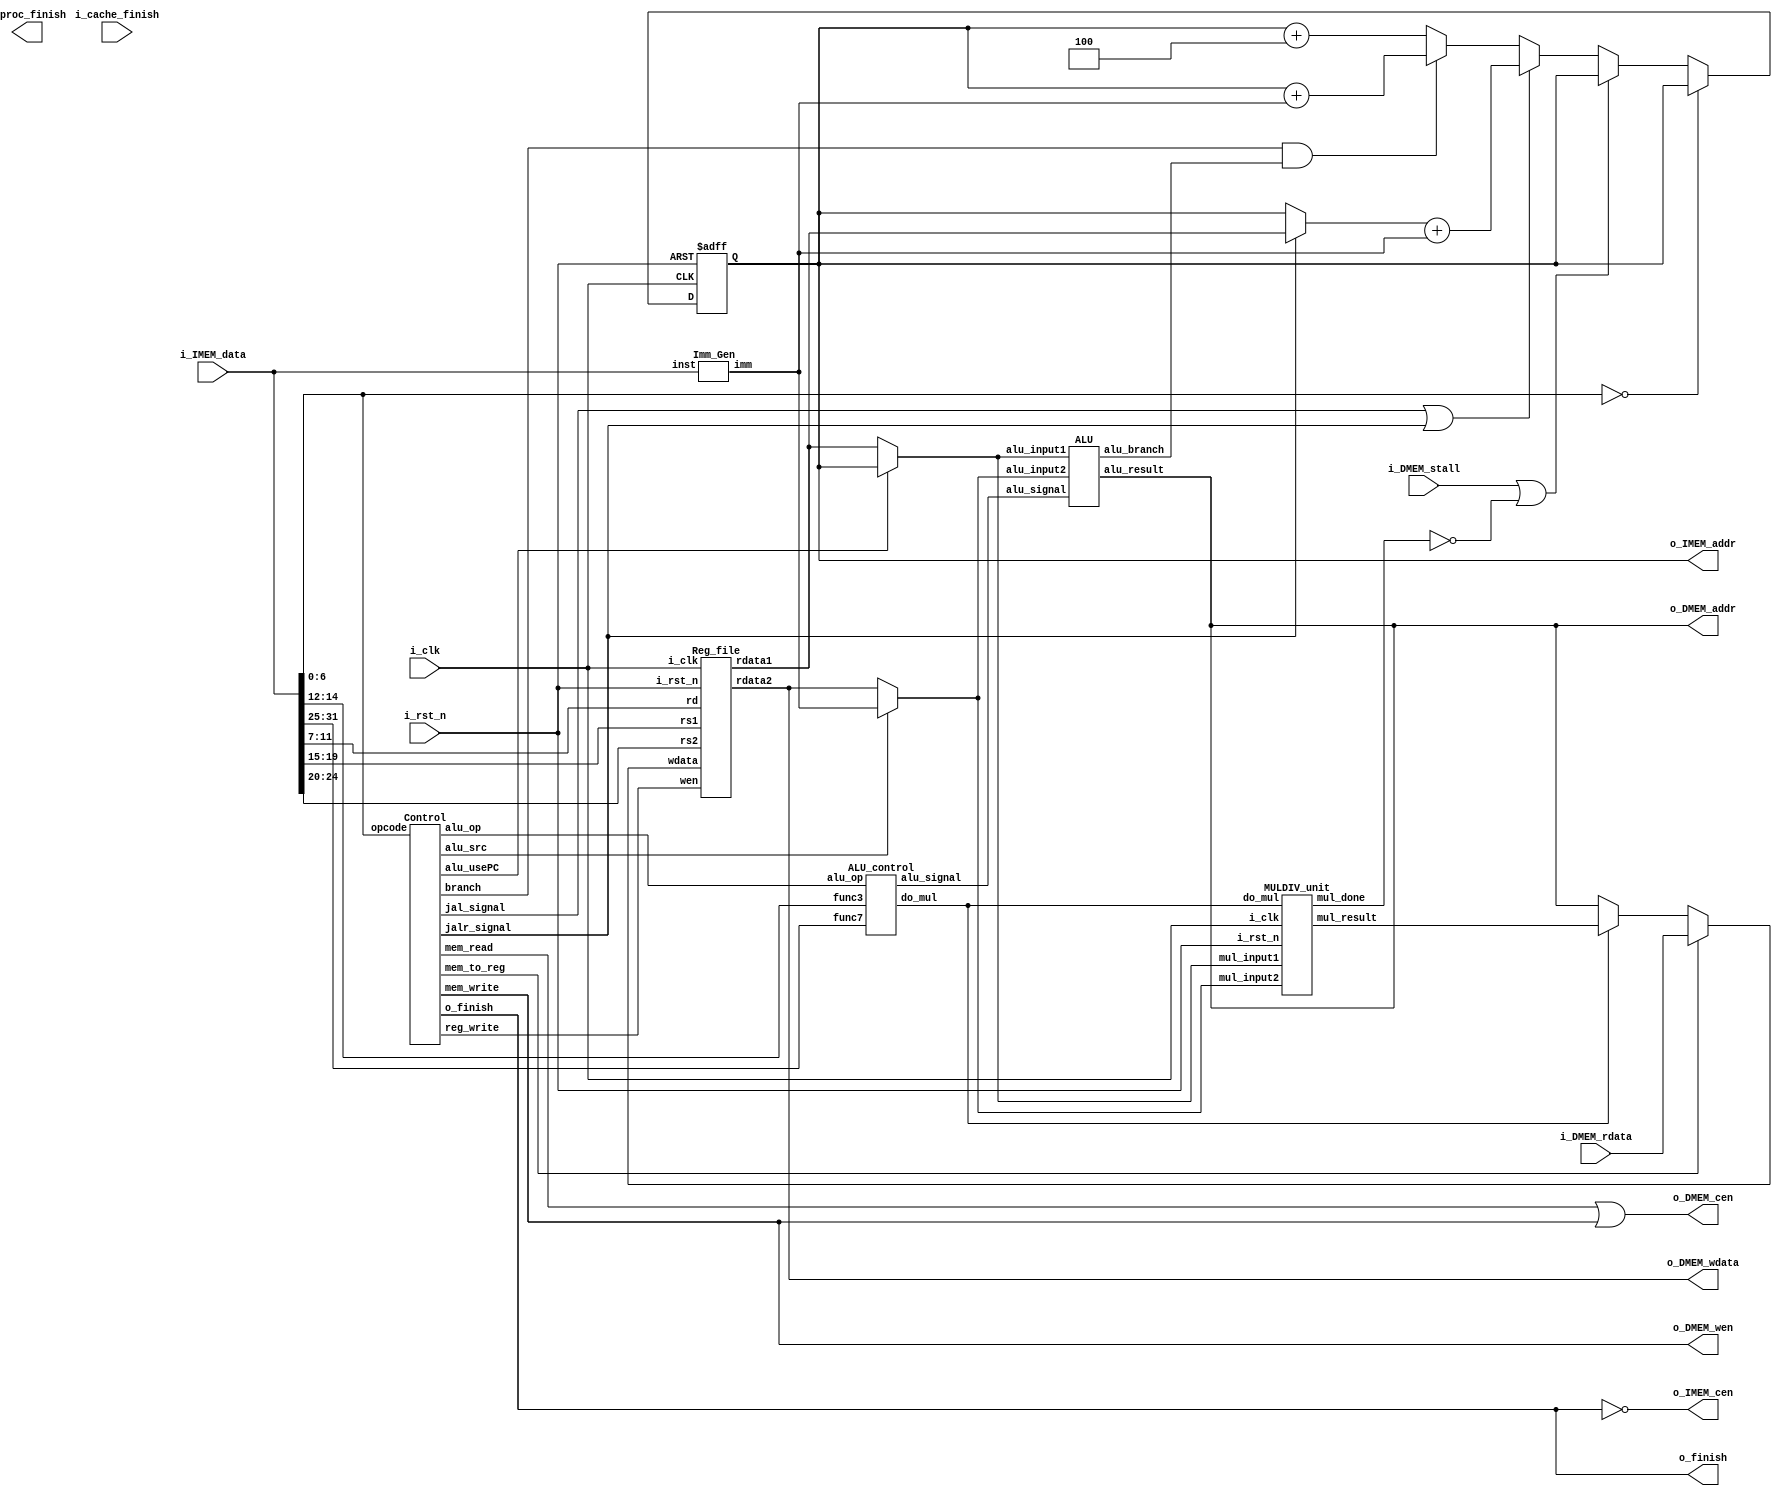
//----------------------------- DO NOT MODIFY THE I/O INTERFACE!! ------------------------------//
module CHIP #(                                                                                  //
    parameter BIT_W = 32                                                                        //
)(                                                                                              //
    // clock                                                                                    //
        input               i_clk,                                                              //
        input               i_rst_n,                                                            //
    // instruction memory                                                                       //
        input  [BIT_W-1:0]  i_IMEM_data,                                                        //
        output [BIT_W-1:0]  o_IMEM_addr,                                                        //
        output              o_IMEM_cen,                                                         //
    // data memory                                                                              //
        input               i_DMEM_stall,                                                       //
        input  [BIT_W-1:0]  i_DMEM_rdata,                                                       //
        output              o_DMEM_cen,                                                         //
        output              o_DMEM_wen,                                                         //
        output [BIT_W-1:0]  o_DMEM_addr,                                                        //
        output [BIT_W-1:0]  o_DMEM_wdata,                                                       //
    // finish procedure                                                                        //
        output              o_finish,                                                           //
    // cache                                                                                    //
        input               i_cache_finish,                                                     //
        output              o_proc_finish                                                       //
);                                                                                              //
//----------------------------- DO NOT MODIFY THE I/O INTERFACE!! ------------------------------//

// ------------------------------------------------------------------------------------------------------------------------------------------------------
// Wires and Registers
// ------------------------------------------------------------------------------------------------------------------------------------------------------
    
    // TODO: any declaration
    // PC
    reg [BIT_W-1:0] PC = 32'h00010000;
    wire [BIT_W-1:0] next_PC;
    wire [31:0] pc_4, pc_jump, pc_branch, pc_imm, pc_rs1;

    // IMM
    wire [BIT_W-1:0] imm;

    // Regfile
    wire [4:0] rs1, rs2, rd;
    wire [BIT_W-1:0] rs1_data, rs2_data, rd_data;

    // Control Signal
    wire [6:0] opcode;
    wire branch, mem_read, mem_write, reg_write, mem_to_reg, alu_src, jal_signal, jalr_signal, alu_usePC;
    wire [2:0] alu_op;

    // ALU control
    wire [2:0] func3;
    wire [6:0] func7;
    wire [3:0] alu_signal;

    // ALU
    wire [BIT_W-1:0] alu_input1, alu_input2, alu_result;
    wire alu_branch;

    // MULDIV_unit
    wire [BIT_W-1:0] mul_result;
    wire do_mul;
    wire mul_done;

    // ALU MUL
    wire [BIT_W-1:0] alu_mul_result;

// ------------------------------------------------------------------------------------------------------------------------------------------------------
// Continuous Assignment
// ------------------------------------------------------------------------------------------------------------------------------------------------------

    // TODO: any wire assignment
    assign o_IMEM_cen = !o_finish; // instruction memory enable
    assign o_IMEM_addr = PC; // instruction memory address
    assign o_DMEM_cen = mem_read | mem_write; // data memory enable
    assign o_DMEM_wen = mem_write; // data memory write enable
    assign o_DMEM_addr = alu_result; // data memory address
    assign o_DMEM_wdata = rs2_data; // data memory write data

    assign opcode = i_IMEM_data[6:0];
    assign func3 = i_IMEM_data[14:12];
    assign func7 = i_IMEM_data[31:25];
    assign rs1 = i_IMEM_data[19:15];
    assign rs2 = i_IMEM_data[24:20];
    assign rd = i_IMEM_data[11:7];

    assign alu_input1 = alu_usePC ? PC : rs1_data;
    assign alu_input2 = alu_src ? imm : rs2_data;

    assign pc_4 = PC+32'd4;
    assign pc_imm = PC+imm;

    // branch
    assign pc_branch = (branch & alu_branch) ? pc_imm : pc_4;

    // jump
    assign pc_rs1 = jalr_signal ? rs1_data : PC;  // jalr
    assign pc_jump = pc_rs1 + imm;
    
    assign next_PC = (jal_signal | jalr_signal) ? pc_jump : pc_branch;

    // alu_mul_result
    assign alu_mul_result = do_mul ? mul_result : alu_result;

    // write back
    assign rd_data = mem_to_reg ? i_DMEM_rdata : alu_mul_result;

// ------------------------------------------------------------------------------------------------------------------------------------------------------
// Submoddules
// ------------------------------------------------------------------------------------------------------------------------------------------------------

    // Control wire connection
    Control control0(
        .opcode     (opcode),
        .branch     (branch),
        .mem_read   (mem_read),
        .mem_write  (mem_write),
        .reg_write  (reg_write),
        .mem_to_reg (mem_to_reg),
        .alu_src    (alu_src),
        .alu_op     (alu_op),
        .jal_signal (jal_signal),
        .jalr_signal(jalr_signal),
        .alu_usePC  (alu_usePC),
        .o_finish   (o_finish)
    );


    // TODO: Reg_file wire connection
    Reg_file reg0(               
        .i_clk  (i_clk),             
        .i_rst_n(i_rst_n),         
        .wen    (reg_write),          
        .rs1    (rs1),                
        .rs2    (rs2),                
        .rd     (rd),                 
        .wdata  (rd_data),
        .rdata1 (rs1_data),           
        .rdata2 (rs2_data)
    );



    // alu_control wire connection
    ALU_control alu_control0(
        .alu_op     (alu_op),
        .func3      (func3),
        .func7      (func7),
        .do_mul     (do_mul),
        .alu_signal (alu_signal)  // signal to alu to tell which alu action to use
    );

    // alu wire connection
    ALU alu0(
        .alu_input1 (alu_input1),
        .alu_input2 (alu_input2),
        .alu_signal (alu_signal),
        .alu_result    (alu_result),
        .alu_branch   (alu_branch)
    );

    // Imm_Gen wire connection
    Imm_Gen imm_gen0(
        .inst   (i_IMEM_data),
        .imm    (imm)
    );

    // MULDIV_unit wire connection
    MULDIV_unit muldiv0(
        .i_clk  (i_clk),
        .i_rst_n(i_rst_n),
        .do_mul (do_mul),
        .mul_input1 (alu_input1),
        .mul_input2 (alu_input2),
        .mul_result (mul_result),
        .mul_done   (mul_done)
    );

// ------------------------------------------------------------------------------------------------------------------------------------------------------
// Always Blocks
// ------------------------------------------------------------------------------------------------------------------------------------------------------

    // Todo: any combinational/sequential circuit

    always @(posedge i_clk or negedge i_rst_n) begin
        if (!i_rst_n) begin
            PC <= 32'h00010000; // Do not modify this value!!!
        end
        else begin
            if (opcode == 7'b0000000) begin // NOP
                PC <= PC;
            end
            else begin
                if(i_DMEM_stall == 1'b1 || mul_done == 1'b0) begin
                    PC <= PC;
                end
                else begin 
                    PC <= next_PC;
                end
            end
        end
        // // PC
        // $display("PC = %h, next_PC = %h", PC, next_PC);
        // $display("pc_4 = %h, pc_imm = %h, pc_branch = %h, pc_rs1 = %h, pc_jump = %h", pc_4, pc_imm, pc_branch, pc_rs1, pc_jump);
        // // IMM
        // $display("imm = %h", imm);
        // $display("rs1 = %dh rs2 = %h, rd = %h", rs1, rs2, rd);
        // $display("rs1_data = %h, rs2_data = %h, rd_data = %h", rs1_data, rs2_data, rd_data);
        // $display("alu_input1 = %h, alu_input2 = %h, alu_result = %h", alu_input1, alu_input2, alu_result);
    end
    

endmodule


module Control (opcode, o_finish, branch, mem_read, mem_write, reg_write, mem_to_reg, alu_src, jal_signal, jalr_signal, alu_usePC, alu_op);

    input [6:0] opcode;
    output reg  o_finish, branch, mem_read, mem_write, reg_write, mem_to_reg, alu_src, jal_signal, jalr_signal, alu_usePC;
    output reg [2:0] alu_op;


    localparam  AUIPC = 7'b0010111;
    localparam  JAL = 7'b1101111;
    localparam  JALR = 7'b1100111;
    localparam  BRANCH = 7'b1100011;
    localparam  LOAD = 7'b0000011;
    localparam  STORE = 7'b0100011;
    localparam  OPERATION_IMM = 7'b0010011;
    localparam  OPERATION = 7'b0110011;
    localparam  ECALL = 7'b1110011;

    // alu control input
    localparam  ALUOP_ADD = 3'b000; // alu action is add
    localparam  ALUOP_OPETATION = 3'b001; // need check func3 and func7 to know which alu action to use
    localparam  ALUOP_IMM_OPETATION = 3'b010; // need check func3 to know which alu action to use
    localparam  ALUOP_BRANCH = 3'b011;  // need check func3 to know which alu action to use
    localparam  ALUOP_ADD4 = 3'b100; // alu action is add 4
    localparam  ALUOP_ECALL = 3'b101; // THE end of program
    localparam  ALUOP_DONOTHING = 3'b110; // do nothing


    always @(*) begin
        //$display("Control opcode = %b", opcode);
        case(opcode)
            AUIPC: begin // reg[rd] = pc + {imm, 12'b0};
                o_finish = 0;
                branch = 0;
                mem_read = 0;
                mem_write = 0;
                reg_write = 1; // need to write rd
                mem_to_reg = 0;
                alu_src = 1; // need to use imm
                jal_signal = 0;
                jalr_signal = 0;
                alu_usePC = 1;
                alu_op = ALUOP_ADD;
                //$display("AUIPC\n");
            end
            JAL: begin // reg[rd] = pc + 4; pc = pc + {imm, 12'b0};
                o_finish = 0;
                branch = 0;
                mem_read = 0;
                mem_write = 0;
                reg_write = 1; // need to write rd
                mem_to_reg = 0;
                alu_src = 1; // need to use imm (4)
                jal_signal = 1;
                jalr_signal = 0;
                alu_usePC = 1;
                alu_op = ALUOP_ADD4;
                //$display("JAL\n");
            end
            JALR: begin // reg[rd] = pc + 4; pc = reg[rs1] + {imm, 12'b0};
                o_finish = 0;
                branch = 0;
                mem_read = 0;
                mem_write = 0;
                reg_write = 1; // need to write rd
                mem_to_reg = 0;
                alu_src = 1; // need to use imm (4)
                jal_signal = 0;
                jalr_signal = 1;
                alu_usePC = 1;
                alu_op = ALUOP_ADD4;
                //$display("JALR\n");
            end
            BRANCH: begin 
                o_finish = 0;
                branch = 1;
                mem_read = 0;
                mem_write = 0;
                reg_write = 0;
                mem_to_reg = 0;
                alu_src = 0;
                jal_signal = 0;
                jalr_signal = 0;
                alu_usePC = 0;
                alu_op = ALUOP_BRANCH;
                //$display("BRANCH\n");
            end
            LOAD: begin // reg[rd] = M[reg[rs1] + imm];
                o_finish = 0;
                branch = 0;
                mem_read = 1; // need to read memory
                mem_write = 0;
                reg_write = 1; // need to write rd
                mem_to_reg = 1; // need to use memory data 
                alu_src = 1; // need to use imm
                jal_signal = 0;
                jalr_signal = 0;
                alu_usePC = 0;
                alu_op = ALUOP_ADD;
                //$display("LOAD\n");
            end
            STORE: begin // M[reg[rs1] + imm] = reg[rs2];
                o_finish = 0;
                branch = 0;
                mem_read = 0;
                mem_write = 1; // need to write memory
                reg_write = 0;
                mem_to_reg = 0;
                alu_src = 1; // need to use imm
                jal_signal = 0;
                jalr_signal = 0;
                alu_usePC = 0;
                alu_op = ALUOP_ADD;
                //$display("STORE\n");
            end
            OPERATION_IMM: begin
                o_finish = 0;
                branch = 0;
                mem_read = 0;
                mem_write = 0;
                reg_write = 1; // need to write rd
                mem_to_reg = 0;
                alu_src = 1; // need to use imm
                jal_signal = 0;
                jalr_signal = 0;
                alu_usePC = 0;
                alu_op = ALUOP_IMM_OPETATION;
                //$display("OP_IMM\n");
            end
            OPERATION: begin
                o_finish = 0;
                branch = 0;
                mem_read = 0;
                mem_write = 0;
                reg_write = 1; // need to write rd
                mem_to_reg = 0;
                alu_src = 0;
                jal_signal = 0;
                jalr_signal = 0;
                alu_usePC = 0;
                alu_op = ALUOP_OPETATION; 
                //$display("OP\n");
            end
            ECALL: begin
                o_finish = 1; // finish program
                branch = 0;
                mem_read = 0;
                mem_write = 0;
                reg_write = 0;
                mem_to_reg = 0;
                alu_src = 0;
                jal_signal = 0;
                jalr_signal = 0;
                alu_usePC = 0;
                alu_op = ALUOP_ECALL;
                //$display("ECALL\n");
            end
            default: begin
                o_finish = 0;
                branch = 0;
                mem_read = 0;
                mem_write = 0;
                reg_write = 0;
                mem_to_reg = 0;
                alu_src = 0;
                jal_signal = 0;
                jalr_signal = 0;
                alu_usePC = 0;
                alu_op = ALUOP_DONOTHING;
                //$display("default do nothing\n");
            end
        endcase
    end
endmodule

module Imm_Gen (inst, imm);
    localparam BIT_W = 32;
    input  [BIT_W-1:0]  inst;
    output reg [BIT_W-1:0]  imm;

    localparam  AUIPC = 7'b0010111;
    localparam  JAL = 7'b1101111;
    localparam  JALR = 7'b1100111;
    localparam  BRANCH = 7'b1100011;
    localparam  LOAD = 7'b0000011;
    localparam  STORE = 7'b0100011;
    localparam  OPERATION_IMM = 7'b0010011;
    localparam  OPERATION = 7'b0110011;
    localparam  ECALL = 7'b1110011;
    
    always @(*) begin
        case(inst[6:0])
            AUIPC: begin 
                imm = {inst[31:12], 12'b0};
                // $display("AUIPC imm = %d\n", imm);
            end
            JAL: begin 
                if(inst[31] == 1'b0) begin
                    imm = {11'b0, inst[31], inst[19:12], inst[20], inst[30:21], 1'b0};
                end
                else begin
                    imm = {{11{1'b1}}, inst[31], inst[19:12], inst[20], inst[30:21], 1'b0}; // 2's complement
                end
                // $display("JAL imm = %d\n", imm);
            end
            JALR: begin 
                imm = {20'b0, inst[31:20]};
                // $display("JALR imm = %d\n", imm);
            end
            BRANCH: begin 
                if(inst[31] == 1'b0) begin
                    imm = {{19{1'b0}}, inst[31], inst[7], inst[30:25], inst[11:8], 1'b0};
                end
                else begin
                    imm = {{19{1'b1}}, inst[31], inst[7], inst[30:25], inst[11:8], 1'b0}; // 2's complement
                end
                // $display("BRANCH imm = %d\n", imm);
            end
            LOAD: begin
                imm = {20'b0, inst[31:20]};
                // $display("LOAD imm = %d\n", imm);
            end
            STORE: begin 
                imm = {20'b0, inst[31:25], inst[11:7]};
                // $display("STORE imm = %d\n", imm);
            end
            OPERATION_IMM: begin
                if(inst[14:12]== 3'b101 | inst[14:12]== 3'b001) begin // sraisrli or slli
                    imm = { {27{inst[31]}}, inst[24:20]};
                end
                else begin
                    imm = { {20{inst[31]}}, inst[31:20]}; // 2's complement
                end
                // $display("OP_IMM imm = %d\n", imm);
            end
            default: begin
                imm = {32'b0};
                // $display("default imm = %d\n", imm);
            end
        endcase
    end
endmodule






module ALU_control (alu_op, func3, func7, do_mul, alu_signal);
    input  [2:0]        alu_op;
    input  [2:0]        func3;
    input  [6:0]        func7;
    output reg          do_mul;
    output reg [3:0]    alu_signal; // signal to alu to tell which alu action to use

    // alu control input
    localparam  ALUOP_ADD = 3'b000; // alu action is add
    localparam  ALUOP_OPETATION = 3'b001; // need check func3 and func7 to know which alu action to use
    localparam  ALUOP_IMM_OPETATION = 3'b010; // need check func3 to know which alu action to use
    localparam  ALUOP_BRANCH = 3'b011;  // need check func3 to know which alu action to use
    localparam  ALUOP_ADD4 = 3'b100; // alu action is add 4
    localparam  ALUOP_ECALL = 3'b101; // THE end of program
    localparam  ALUOP_DONOTHING = 3'b110; // do nothing


    // alu signal
    localparam ALU_AND = 4'b0000;
    localparam ALU_OR  = 4'b0001;
    localparam ALU_ADD = 4'b0010;
    localparam ALU_SUB = 4'b0011;
    localparam ALU_SLL = 4'b0100;
    localparam ALU_SLT = 4'b0101;
    localparam ALU_SRA = 4'b0110;
    localparam ALU_BEQ = 4'b0111;
    localparam ALU_BNE = 4'b1000;
    localparam ALU_BLT = 4'b1001;
    localparam ALU_BGE = 4'b1010;
    localparam ALU_ADD4 = 4'b1011;
    localparam ALU_DONOTHING = 4'b1111;

    always @(*) begin
       //$display("ALU_control alu_op = %b, func3 = %b, func7 = %b", alu_op, func3, func7);
        case(alu_op)
            ALUOP_ADD: begin
                do_mul = 0;
                alu_signal = ALU_ADD; // instr: ldsdjalralu action is add
            end
            ALUOP_OPETATION: begin
                if (func7[5]==1'b1) begin
                    do_mul = 0;
                    alu_signal = ALU_SUB; // instr: R-type subalu action is sub
                end
                else if(func7[0]==1'b1) begin
                    do_mul = 1;
                    alu_signal = ALU_DONOTHING;
                end
                else begin
                    do_mul = 0;
                    case(func3)
                    3'b000: alu_signal = ALU_ADD;
                    3'b110: alu_signal = ALU_OR;
                    3'b111: alu_signal = ALU_AND;
                    default: alu_signal = ALU_DONOTHING;
                endcase
                end
            end
            ALUOP_IMM_OPETATION: begin
                do_mul = 0;
                case(func3)
                    3'b000: alu_signal = ALU_ADD;
                    3'b001: alu_signal = ALU_SLL;
                    3'b010: alu_signal = ALU_SLT;
                    3'b101: alu_signal = ALU_SRA;
                    default: alu_signal = ALU_DONOTHING;
                endcase
            end
            ALUOP_BRANCH: begin
                do_mul = 0;
                case (func3)
                    3'b000: alu_signal = ALU_BEQ; // beq
                    3'b001: alu_signal = ALU_BNE; // bne
                    3'b100: alu_signal = ALU_BLT; // blt
                    3'b101: alu_signal = ALU_BGE; // bge
                    default: alu_signal = ALU_DONOTHING;
                endcase
            end
            ALUOP_ADD4: begin
                do_mul = 0;
                alu_signal = ALU_ADD4;
            end
            default: begin
                do_mul = 0;
                alu_signal = ALU_DONOTHING; // JUST a default value
            end
        endcase
        //$display("ALU_control alu_signal = %h\n", alu_signal);
    end
endmodule

module ALU (alu_input1, alu_input2, alu_signal, alu_result, alu_branch);
    localparam BIT_W = 32;

    input  [BIT_W-1:0]  alu_input1;
    input  [BIT_W-1:0]  alu_input2;
    input  [3:0]        alu_signal;
    output reg [BIT_W-1:0]  alu_result;
    output reg  alu_branch; // alu branch signal


    // alu signal
    localparam ALU_AND = 4'b0000;
    localparam ALU_OR  = 4'b0001;
    localparam ALU_ADD = 4'b0010;
    localparam ALU_SUB = 4'b0011;
    localparam ALU_SLL = 4'b0100;
    localparam ALU_SLT = 4'b0101;
    localparam ALU_SRA = 4'b0110;
    localparam ALU_BEQ = 4'b0111;
    localparam ALU_BNE = 4'b1000;
    localparam ALU_BLT = 4'b1001;
    localparam ALU_BGE = 4'b1010;
    localparam ALU_ADD4 = 4'b1011;
    localparam ALU_DONOTHING = 4'b1111;


    always @(*) begin
        //$display("alu_input1 = %d, alu_input2 = %d\n", alu_input1, alu_input2);
        case(alu_signal)
            ALU_AND: begin
                //$display("ALU_AND\n");
                alu_result = alu_input1 & alu_input2;
                alu_branch = 1'b0;
            end
            ALU_OR: begin
                //$display("ALU_OR\n");
                alu_result = alu_input1 | alu_input2;
                alu_branch = 1'b0;
            end
            ALU_ADD: begin
                //$display("ALU_ADD\n");
                alu_result = alu_input1 + alu_input2;
                alu_branch = 1'b0;
            end
            ALU_SUB: begin
                //$display("ALU_SUB\n");
                alu_result = alu_input1 - alu_input2;
                alu_branch = 1'b0;
            end
            ALU_SLL: begin
                //$display("ALU_SLL\n");
                alu_result = alu_input1 << alu_input2;
                alu_branch = 1'b0;
            end
            ALU_SLT: begin
                //$display("ALU_SLT\n");
                alu_result = ($signed(alu_input1) < $signed(alu_input2)) ? 32'h1 : 32'h0;
                alu_branch = 1'b0;
            end
            ALU_SRA: begin
                //$display("ALU_SRA\n");
                alu_result = $signed(alu_input1) >>> alu_input2; //signed()unsigned
                alu_branch = 1'b0;
            end
            ALU_BEQ: begin
                //$display("ALU_BEQ\n");
                alu_result = 1'b0;
                alu_branch = (alu_input1 == alu_input2) ? 32'h1 : 32'h0; 
            end
            ALU_BNE: begin
                //$display("ALU_BNE\n");
                alu_result = 1'b0;
                alu_branch = (alu_input1 != alu_input2) ? 32'h1 : 32'h0; 
            end
            ALU_BLT: begin
                //$display("ALU_BLT\n");
                alu_result = 1'b0;
                alu_branch = ($signed(alu_input1) < $signed(alu_input2)) ? 32'h1 : 32'h0; 
            end
            ALU_BGE: begin
                //$display("ALU_BGE\n");
                alu_result = 1'b0;
                alu_branch = ( $signed(alu_input1) >= $signed(alu_input2)) ? 32'h1 : 32'h0; 
            end
            ALU_ADD4: begin
                //$display("ALU_ADD4\n");
                alu_result = alu_input1 + 32'h4;
                alu_branch = 1'b0;
            end
            // ALU_MUL: begin
            //     $display("ALU_MUL\n");
            //     alu_result = alu_input1 * alu_input2; //  MULDIV_unit
            //     alu_branch = 1'b0;
            // end
            default: begin
                alu_result = 32'h0;
                alu_branch = 1'b0;
            end
        endcase
        //$display("ALU alu_result = %d, alu_branch = %d\n", alu_result, alu_branch);
    end
endmodule

module Reg_file(i_clk, i_rst_n, wen, rs1, rs2, rd, wdata, rdata1, rdata2);
   
    parameter BITS = 32;
    parameter word_depth = 32;
    parameter addr_width = 5; // 2^addr_width >= word_depth
    
    input i_clk, i_rst_n, wen; // wen: 0:read | 1:write
    input [BITS-1:0] wdata;
    input [addr_width-1:0] rs1, rs2, rd;

    output [BITS-1:0] rdata1, rdata2;

    reg [BITS-1:0] mem [0:word_depth-1];
    reg [BITS-1:0] mem_nxt [0:word_depth-1];

    integer i;

    assign rdata1 = mem[rs1];
    assign rdata2 = mem[rs2];


    always @(*) begin
        for (i=0; i<word_depth; i=i+1)
            mem_nxt[i] = (wen && (rd == i)) ? wdata : mem[i];
    end

    always @(posedge i_clk or negedge i_rst_n) begin
        if (!i_rst_n) begin
            mem[0] <= 0;
            for (i=1; i<word_depth; i=i+1) begin
                case(i)
                    32'd2: mem[i] <= 32'hbffffff0;
                    32'd3: mem[i] <= 32'h10008000;
                    default: mem[i] <= 32'h0;
                endcase
            end
        end
        else begin
            mem[0] <= 0;
            for (i=1; i<word_depth; i=i+1)
                mem[i] <= mem_nxt[i];
        end       
    end
endmodule

module MULDIV_unit(i_clk, i_rst_n, do_mul, mul_input1, mul_input2, mul_result, mul_done);
    localparam BITS = 32;
    input i_clk, i_rst_n, do_mul;
    input [BITS-1:0] mul_input1, mul_input2;
    output [BITS-1:0] mul_result;
    output reg mul_done;

    // Definition of state
    localparam IDLE = 2'b00;
    localparam MUL  = 2'b01;
    localparam OUT  = 2'b10;

    // Todo: Wire and reg if needed
    reg  [ 1:0] state, state_next;
    reg  [ 4:0] counter, counter_next;
    reg  [63:0] shreg, shreg_next;
    reg  [31:0] alu_in, alu_in_next;
    reg  [32:0] alu_out;
    assign mul_result = shreg[31:0];
    //FSM
    //-------------------------------------------------------
    always @(*) begin
        case(state)
            IDLE: begin
                if (do_mul) begin
                    state_next = MUL;
                    counter_next = 0;
                    mul_done = 0;
                end
                else begin
                    state_next = IDLE;
                    counter_next = 0;
                    mul_done = 1;
                end
            end
            MUL : begin 
                if (counter == 5'd31) begin
                    state_next = OUT;
                    counter_next = counter + 1;
                    mul_done = 0;
                end
                else begin
                    state_next = MUL;
                    counter_next = counter + 1;
                    mul_done = 0;
                end
            end
            OUT : begin
                state_next = IDLE;
                counter_next = 0;
                mul_done = 1;
            end
            default : begin
                state_next = OUT;
                counter_next = 0;
                mul_done = 1;
        end
        endcase
    end
    // load ALU input
    //-----------------------------------------------------
    always @(*) begin
    case(state)
    IDLE: begin           
        if (do_mul)  alu_in_next = mul_input2;
        else alu_in_next = 0;
    end
    MUL:alu_in_next = alu_in;
    OUT : alu_in_next = 0;
    default: alu_in_next = alu_in;
    endcase
    end

    //shift register
    //-----------------------------------------------------------
    always @(*) begin
    case(state)
    IDLE: begin
        if (do_mul)  shreg_next = {32'b0,mul_input1};
        else shreg_next = 0;
    end

    MUL:    shreg_next = {alu_out,shreg[31:1]};

    OUT:    shreg_next = 64'b0;
    default: shreg_next = 64'b0;

    endcase
    end
    // ALU output
    //------------------------------------------------------
    always @(*) begin
        if(state == MUL) begin
            if(shreg[0] == 1) alu_out = shreg[63:32] + alu_in;
            else alu_out=shreg[63:32];
        end
        else alu_out = 0;
    end

    //pipeline
    //--------------------------------------------------------------------
    always @(posedge i_clk or negedge i_rst_n) begin
    if (!i_rst_n) begin
        alu_in <= 0;
        counter <= 0;
        shreg <= 0;
        state <= IDLE;
    end
    else begin 
        alu_in <= alu_in_next;
        counter <= counter_next;
        shreg <= shreg_next;
        state <= state_next;
    end
    end
endmodule

module Cache#(
        parameter BIT_W = 32,
        parameter ADDR_W = 32
    )(
        input i_clk,
        input i_rst_n,
        // processor interface
            input i_proc_cen,
            input i_proc_wen,
            input [ADDR_W-1:0] i_proc_addr,
            input [BIT_W-1:0]  i_proc_wdata,
            output [BIT_W-1:0] o_proc_rdata,
            output o_proc_stall,
            input i_proc_finish,
            output o_cache_finish,
        // memory interface
            output o_mem_cen,
            output o_mem_wen,
            output [ADDR_W-1:0] o_mem_addr,
            output [BIT_W*4-1:0]  o_mem_wdata,
            input [BIT_W*4-1:0] i_mem_rdata,
            input i_mem_stall,
            output o_cache_available,
        // others
           input  [ADDR_W-1: 0] i_offset
    );

    assign o_cache_available = 0; // change this value to 1 if the cache is implemented

    //------------------------------------------//
    //          default connection              //
    assign o_mem_cen = i_proc_cen;              //
    assign o_mem_wen = i_proc_wen;              //
    assign o_mem_addr = i_proc_addr;            //
    assign o_mem_wdata = i_proc_wdata;          //
    assign o_proc_rdata = i_mem_rdata[0+:BIT_W];//
    assign o_proc_stall = i_mem_stall;          //
    //------------------------------------------//

    // Todo: BONUS

endmodule